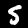
Label: 5